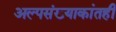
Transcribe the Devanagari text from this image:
अल्पसंख्याकांतही